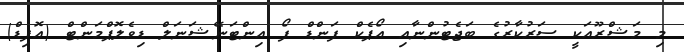
މި މަޝްރޫއަކީ ސަރުކާރުގެ ބަޖެޓުންނާއި އޯޕެކް ފަންޑް ފޯ އިންޓަނޭޝަނަލް ޑިވެލޮޕްމަންޓް (އޮފިޑް)